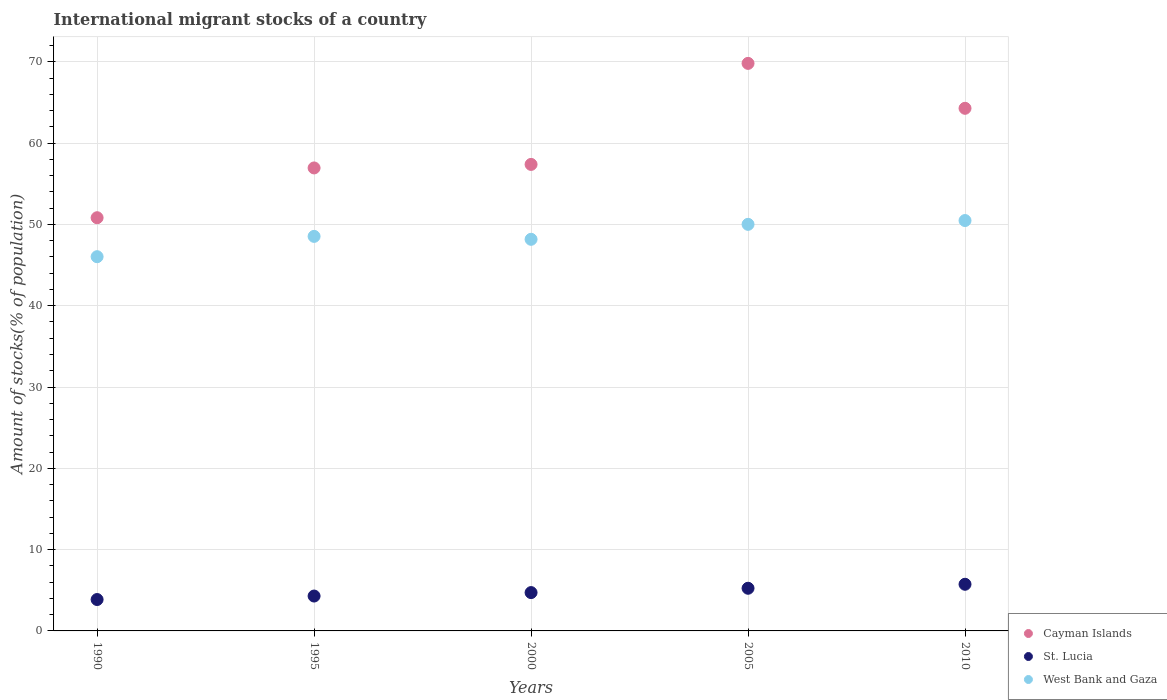
| Years | Cayman Islands | St. Lucia | West Bank and Gaza |
 | --- | --- | --- | --- |
 | 1990 | 50.8 | 3.86 | 46 |
 | 1995 | 56.9 | 4.29 | 48.5 |
 | 2000 | 57.4 | 4.71 | 48.2 |
 | 2005 | 69.8 | 5.25 | 50 |
 | 2010 | 64.3 | 5.74 | 50.5 |